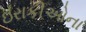
ઇરાકીઓના